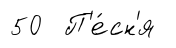
50 П'е́сн'я